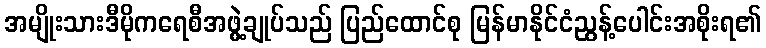
အမျိုးသားဒီမိုကရေစီအဖွဲ့ချုပ်သည် ပြည်ထောင်စု မြန်မာနိုင်ငံညွန့်ပေါင်းအစိုးရ၏